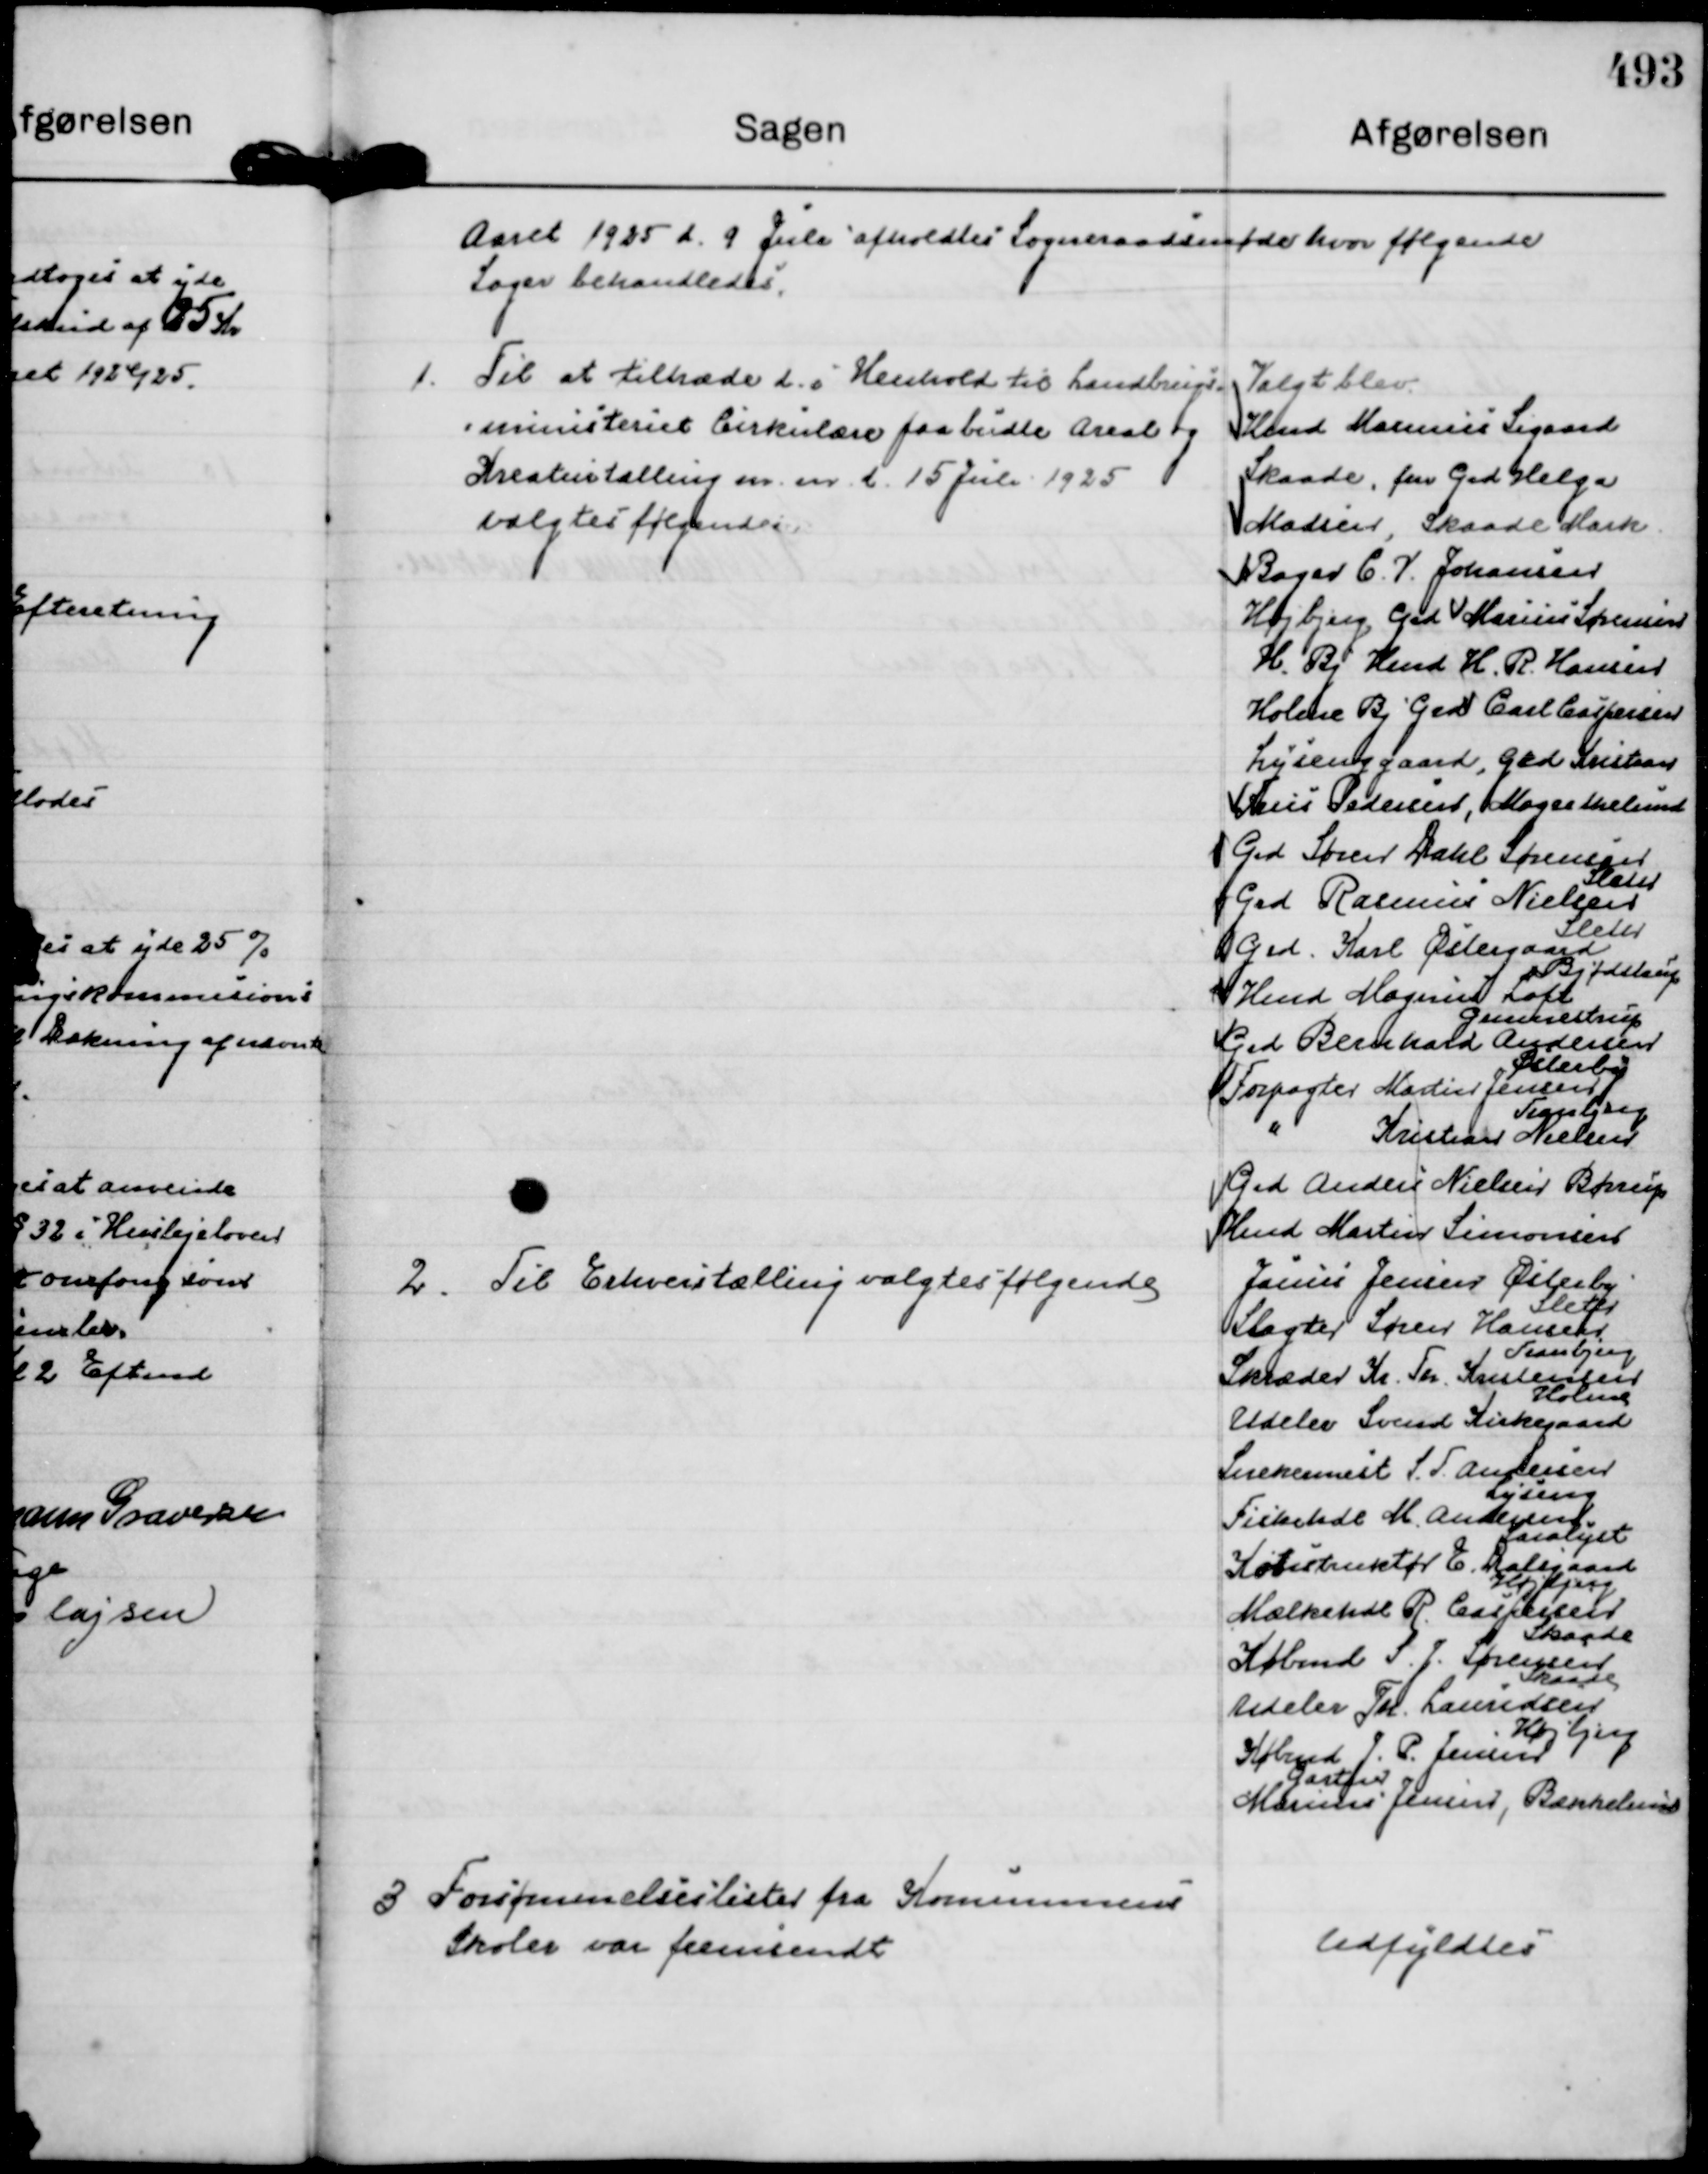
Transskription:
Aaret 1925 d. 9 Juli afholdtes Sogneraadsmøde hvor følgende
Sager behandledes.

1. 
Til at tiltræde de i Henhold til Landbrugs= 
=ministeriet Cirkulære paabudte Areal og
Kreaturtælling m. m. d. 15 Juli 1925
valgtes følgende:

Valgt blev.
Hmd Marinus Sigaard
Skaade, fhv Grd Helga
Madsen, Skaade Mark
Bager C. V. Johansen 
Højbjerg Grd Marius Sørensen
H. Bj Hmd H. R. Hansen
Holme Bj Grd Carl Caspersen
Lysenggaard, Grd Kristian
Friis Pedersen, Mogesthelund
Grd Søren Dahl Sørensen
Sleth
Grd Rasmus Nielsen
Sleth
Grd. Karl Østergaard
Bjødstrup
Hmd Magnus Loft
Gunnestrup
Grd Bernhard Andersen
Østerby
Forpagter Martin Jensen
Tranbjerg
"
Kristian Nielsen
Grd Anders Nielsen Børrup
Hmd Martin Simonsen

2.
Til Erhverstælling valgtes følgende

Janus Jensen Østerby
Slagter Søren Hansen
Sleth
Skræder Kr. Th. Kristensen
Tranbjerg
Udeler Svend Kirkegaard
Holme
Snekemest S. T. Andersen
Lyseng
Fiskehdl M. Andersen
Saralyst
Konstruktør E. Dalsgaard
Højbjerg
Mælkehdl R. Caspersen
Skaade
Købmd S. J. Sørensen
Skaade
Udeler Th. Lauridsen
Højbjerg
Købmd J. P. Jensen
Gartner
Marinus Jensen, Bækkelund

3
Forsømmelseslister fra Kommunens
Skoler var fremsendt

Udfyldtes